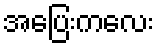
အပြေးကလေး